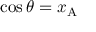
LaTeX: \cos \theta = x _ { \mathrm { A } } \quad